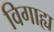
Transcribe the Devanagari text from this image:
विगाह्य